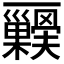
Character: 𭬺